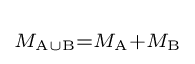
\scriptstyle M_{{\text{A}}\cup {\text{B}}}=M_{\text{A}}+M_{\text{B}}